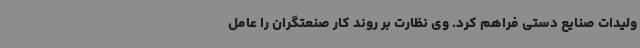
ولیدات صنایع دستی فراهم کرد. وی نظارت بر روند کار صنعتگران را عامل